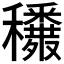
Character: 𥤈